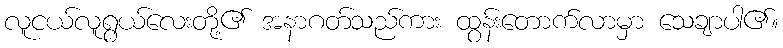
လူငယ်လူရွယ်လေးတို့၏ အနာဂတ်သည်ကား ထွန်းတောက်လာမှာ သေချာပါ၏။